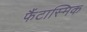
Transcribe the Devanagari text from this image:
फैंटास्मिक